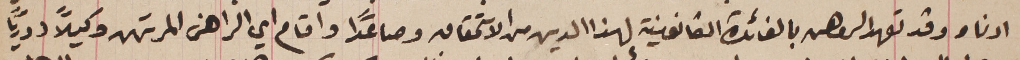
ادناه وقد تعهد الراهن بالفائدة القانونية لهذا الدين من الاستحقاق وصاعداً واقام اي الراهن المرتهن وكيلاً دورياً